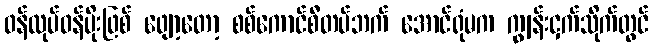
ဝန်ထုပ်ဝန်ပိုးဖြစ် ဖျော့တော့ စစ်ကောင်စီတပ်ဘက် အောင်ရုံမက ကျွန်းငှက်သိုက်တွင်